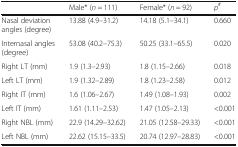
<table><thead><tr><td></td><td><b>Male* (<i>n</i> = 111)</b></td><td><b>Female* (<i>n</i> = 92)</b></td><td><b><i>p</i><sup>#</sup></b></td></tr></thead><tbody><tr><td>Nasal deviation angles (degree)</td><td>13.88 (4.9–31.2)</td><td>14.18 (5.1–34.1)</td><td>0.660</td></tr><tr><td>Internasal angles (degree)</td><td>53.08 (40.2–75.3)</td><td>50.25 (33.1–65.5)</td><td>0.020</td></tr><tr><td>Right LT (mm)</td><td>1.9 (1.3–2.93)</td><td>1.8 (1.15–2.66)</td><td>0.018</td></tr><tr><td>Left LT (mm)</td><td>1.9 (1.32–2.89)</td><td>1.8 (1.23–2.58)</td><td>0.012</td></tr><tr><td>Right IT (mm)</td><td>1.6 (1.06–2.67)</td><td>1.49 (1.08–1.93)</td><td>0.002</td></tr><tr><td>Left IT (mm)</td><td>1.61 (1.11–2.53)</td><td>1.47 (1.05–2.13)</td><td>&lt;0.001</td></tr><tr><td>Right NBL (mm)</td><td>22.9 (14.29–32.62)</td><td>21.05 (12.58–29.33)</td><td>&lt;0.001</td></tr><tr><td>Left NBL (mm)</td><td>22.62 (15.15–33.5)</td><td>20.74 (12.97–28.83)</td><td>&lt;0.001</td></tr></tbody></table>